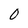
Character: 0